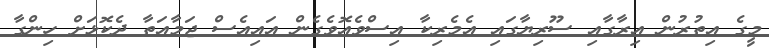
މީގެ އިތުރުން އިރާގާއި ސޫރިޔާގައި އެމެރިކާ އިސްވެއޮވެގެން އައިއެސް ޖަމާއަތާ ދެކޮޅަށް ހިންގާ